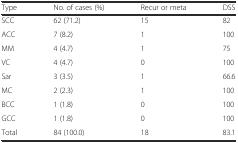
<table><thead><tr><td><b>Type</b></td><td><b>No. of cases (%)</b></td><td><b>Recur or meta</b></td><td><b>DSS</b></td></tr></thead><tbody><tr><td>SCC</td><td>62 (71.2)</td><td>15</td><td>82</td></tr><tr><td>ACC</td><td>7 (8.2)</td><td>1</td><td>100</td></tr><tr><td>MM</td><td>4 (4.7)</td><td>1</td><td>75</td></tr><tr><td>VC</td><td>4 (4.7)</td><td>0</td><td>100</td></tr><tr><td>Sar</td><td>3 (3.5)</td><td>1</td><td>66.6</td></tr><tr><td>MC</td><td>2 (2.3)</td><td>1</td><td>100</td></tr><tr><td>BCC</td><td>1 (1.8)</td><td>0</td><td>100</td></tr><tr><td>GCC</td><td>1 (1.8)</td><td>0</td><td>100</td></tr><tr><td>Total</td><td>84 (100.0)</td><td>18</td><td>83.1</td></tr></tbody></table>